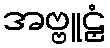
အဗ္ဗူဠှံ